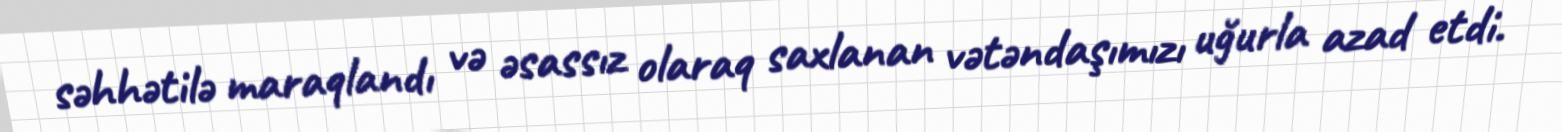
səhhətilə maraqlandı və əsassız olaraq saxlanan vətəndaşımızı uğurla azad etdi.